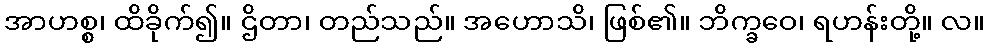
အာဟစ္စ၊ ထိခိုက်၍။ ဌိတာ၊ တည်သည်။ အဟောသိ၊ ဖြစ်၏။ ဘိက္ခဝေ၊ ရဟန်းတို့။ လ။